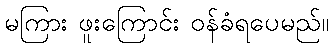
မကြား ဖူးကြောင်း ဝန်ခံရပေမည်။